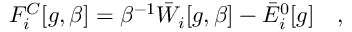
F _ { i } ^ { C } [ g , \beta ] = \beta ^ { - 1 } \bar { W } _ { i } [ g , \beta ] - \bar { E } _ { i } ^ { 0 } [ g ] ~ ~ ~ ,